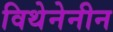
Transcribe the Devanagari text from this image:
विथेनेनीन